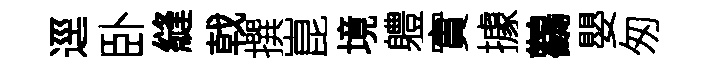
逕卧縫戟撰崑境軆實據鸛嬰匆